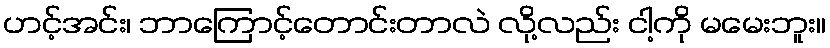
ဟင့်အင်း၊ ဘာကြောင့်တောင်းတာလဲ လို့လည်း ငါ့ကို မမေးဘူး။